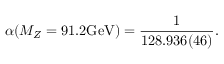
\alpha ( M _ { Z } = 9 1 . 2 \mathrm { G e V } ) = \frac 1 { 1 2 8 . 9 3 6 ( 4 6 ) } .